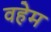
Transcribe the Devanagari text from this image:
वहेम